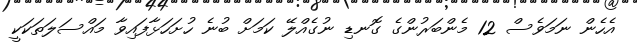
އެހެން ނަމަވެސް 12 މެންބަރުންގެ ގޮނޑި ނުގެއްލޭ ކަމަށް ބުނެ ހުށަހަޅާފައިވާ މައްސަލަތަކަކީ